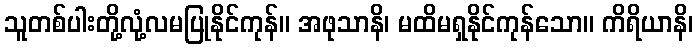
သူတစ်ပါးတို့လုံ့လမပြုနိုင်ကုန်။ အဖုသာနိ၊ မထိမရှနိုင်ကုန်သော။ ကိရိယာနိ၊